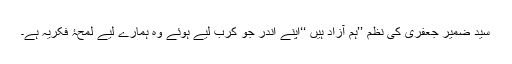
سید ضمیر جعفری کی نظم ’’ہم آزاد ہیں ‘‘اپنے اندر جو کرب لیے ہوئے وہ ہمارے لیے لمحۂ فکریہ ہے۔